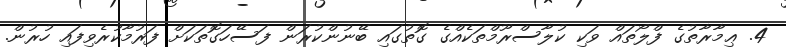
4. ޢިމާރާތުގެ ފްލޯތައް ވަކި ކުލާސްރޫމްތަކެއްގެ ގޮތުގައި ބޭނުންކުރަން ފަސޭހަގޮތަކަށް ފަރުމާކުރެވިފައި ހުރުން.